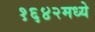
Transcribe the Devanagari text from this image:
१६४२मध्ये